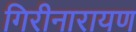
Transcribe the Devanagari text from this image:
गिरीनारायण